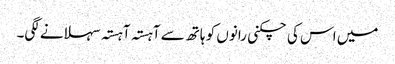
میں اس کی چکنی رانوں کو ہاتھ سے آہستہ آہستہ سہلانے لگی۔